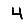
Digit: 4